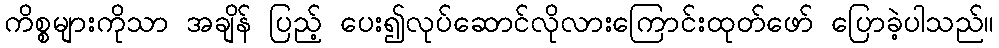
ကိစ္စများကိုသာ အချိန် ပြည့် ပေး၍လုပ်ဆောင်လိုလားကြောင်းထုတ်ဖော် ပြောခဲ့ပါသည်။